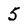
Character: 5